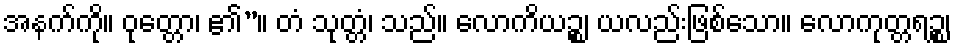
အနက်ကို။ ဝုတ္တော၊ ၏”။ တံ သုတ္တံ၊ သည်။ လောကိယဉ္စ၊ ယလည်းဖြစ်သော။ လောကုတ္တရဉ္စ၊